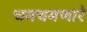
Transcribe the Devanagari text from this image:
चमचमणारे